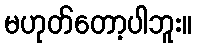
မဟုတ်တော့ပါဘူး။